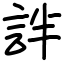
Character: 詊